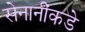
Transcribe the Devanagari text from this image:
सेनानींकडे